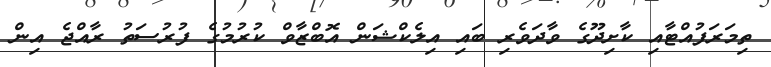
ތިމަރަފުއްޓާއި ކާށިދޫގެ ވާދަވެރި ބައި އިލެކްޝަން އޮބްޒާވް ކުރުމުގެ ފުރުސަތު ރާއްޖެ އިން